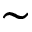
{ \sim }